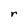
Character: r